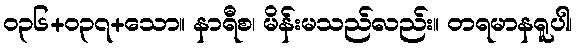
၀၃၆+၀၃၇+သော။ နာရီစ၊ မိန်းမသည်လည်း။ တရမာနရူပါ၊